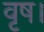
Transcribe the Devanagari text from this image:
वृष।